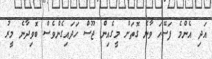
އަދި އެންމެ ފަސޭހަ ވާނެ ގޮތަށް މީގެއިން ޖޫސް ހަދައިގެންވެސް ބޮވިދާނެ މީރު